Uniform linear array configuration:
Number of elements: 8
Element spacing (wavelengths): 0.75
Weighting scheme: cosine
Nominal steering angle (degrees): -60
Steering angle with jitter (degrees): -61.156
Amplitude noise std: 0.05
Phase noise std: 0.05

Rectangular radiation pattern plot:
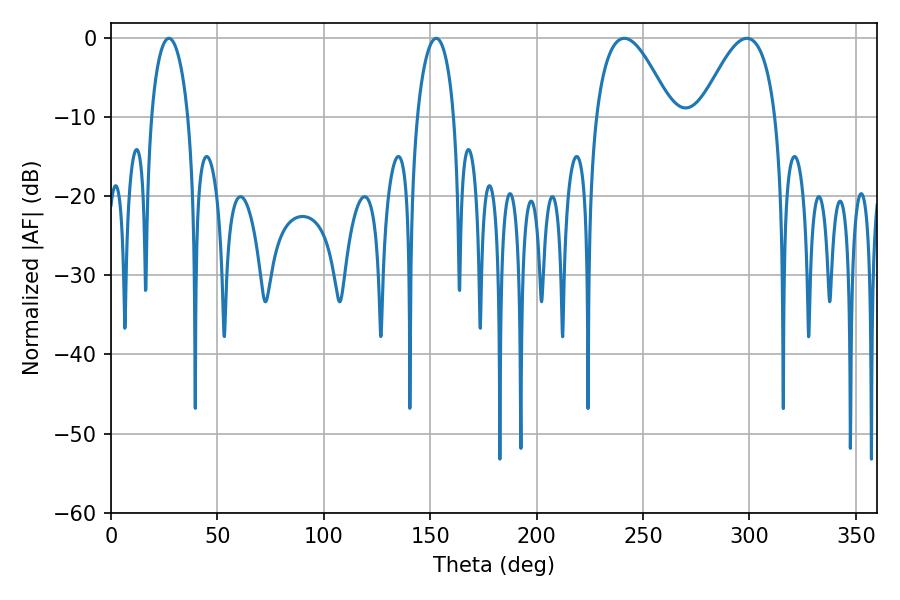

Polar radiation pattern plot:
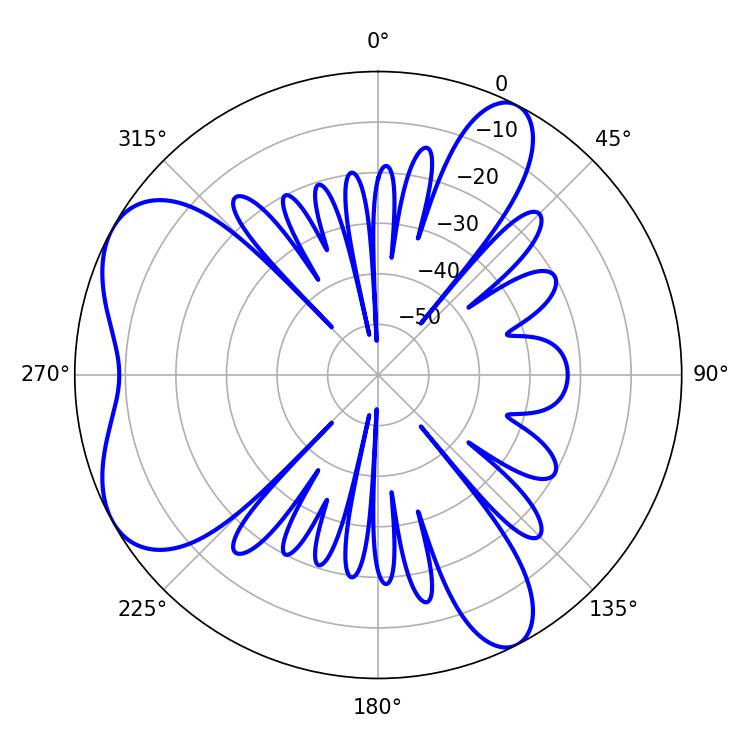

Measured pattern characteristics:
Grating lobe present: TRUE
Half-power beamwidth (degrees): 19.44
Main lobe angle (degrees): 241.2